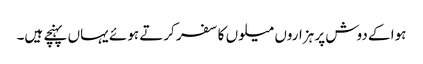
ہوا کے دوش پر ہزاروں میلوں کا سفر کرتے ہوئے یہاں پہنچے ہیں۔